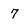
Character: 7